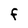
Character: F